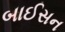
બાઈસન